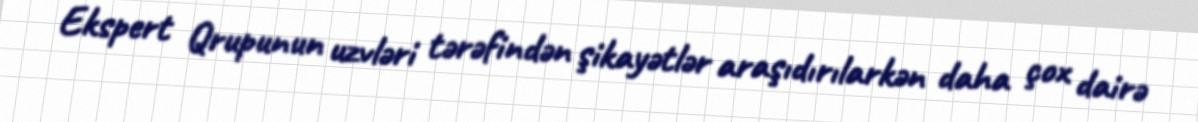
Ekspert Qrupunun uzvləri tərəfindən şikayətlər araşıdırılarkən daha çox dairə